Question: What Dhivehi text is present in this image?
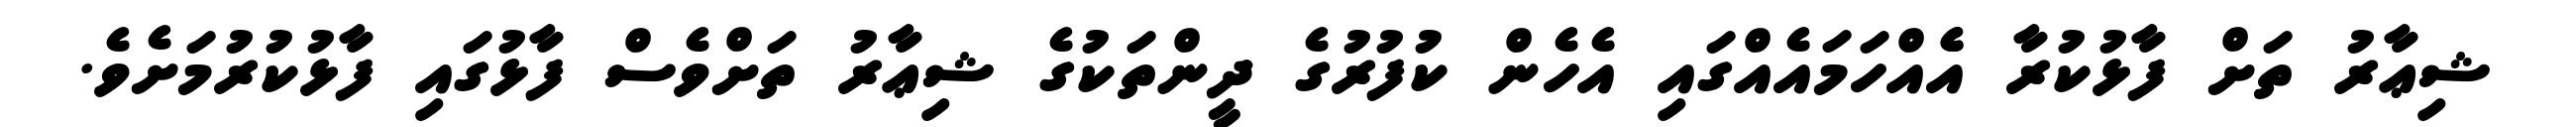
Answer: ޝިޢާރު ތަށް ފާޅުކުރާ އެެއްހަމައެއްގައި އެހެން ކުފުރުގެ ދީންތަކުގެ ޝިޢާރު ތަށްވެސް ފާޅުގައި ފާޅުކުރުމަށެވެ.